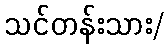
သင်တန်းသား/